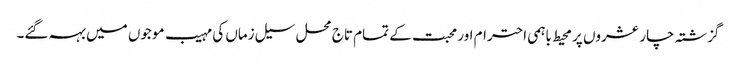
گزشتہ چار عشروں پر محیط باہمی احترام اور محبت کے تمام تاج محل سیل زماں کی مہیب موجوں میں بہہ گئے۔